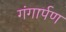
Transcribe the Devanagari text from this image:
गंगार्पण